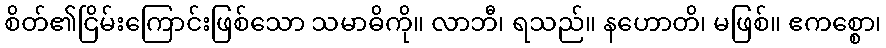
စိတ်၏ငြိမ်းကြောင်းဖြစ်သော သမာဓိကို။ လာဘီ၊ ရသည်။ နဟောတိ၊ မဖြစ်။ ဧကစ္စော၊